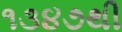
૧૩૪૭થી